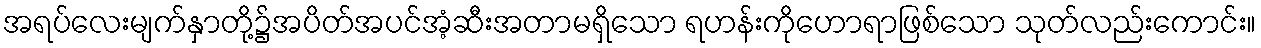
အရပ်လေးမျက်နှာတို့၌အပိတ်အပင်အံ့ဆီးအတာမရှိသော ရဟန်းကိုဟောရာဖြစ်သော သုတ်လည်းကောင်း။